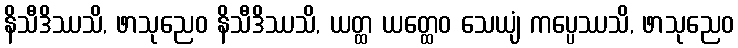
နိသီဒိဿသိ, ဖာသုညေဝ နိသီဒိဿသိ, ယတ္ထ ယတ္ထေဝ သေယျံ ကပ္ပေဿသိ, ဖာသုညေဝ